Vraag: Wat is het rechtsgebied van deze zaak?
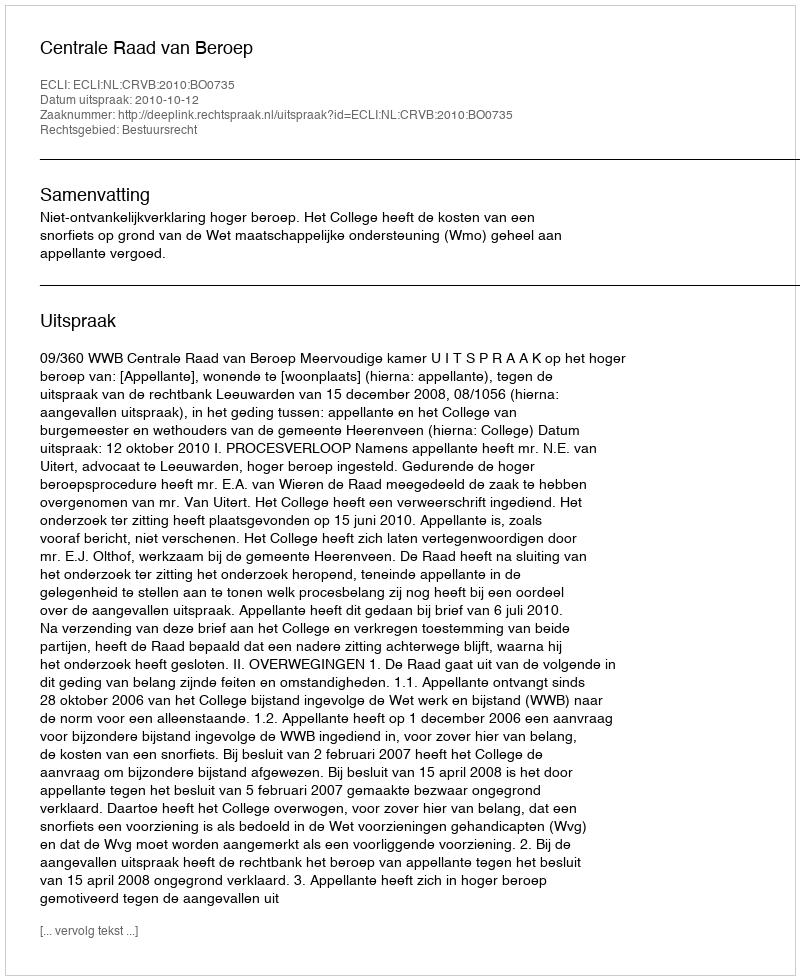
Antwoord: Bestuursrecht